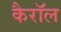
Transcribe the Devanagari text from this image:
कैराॅल